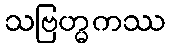
သဗြဟ္မကဿ